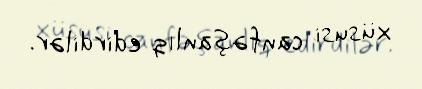
xüsusi canfəşanlıq edirdilər.